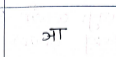
मजकूर: ञा